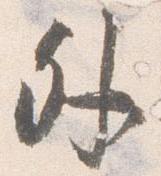
外